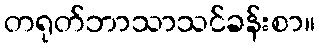
တရုတ်ဘာသာသင်ခန်းစာ။